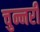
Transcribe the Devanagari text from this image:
चुन्नरी